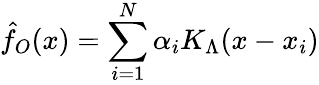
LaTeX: \hat{f}_{O}(x)=\sum_{i=1}^{N}\alpha_{i}K_{\Lambda}(x-x_{i})